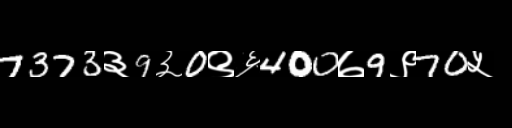
Text: 7373३9३0९६400७9९70५